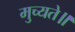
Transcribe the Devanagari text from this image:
मुच्यते॥